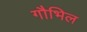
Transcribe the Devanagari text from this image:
गौभिल